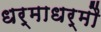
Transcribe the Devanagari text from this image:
धर्माधर्मौ